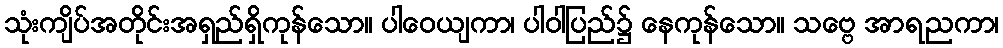
သုံးကျိပ်အတိုင်းအရှည်ရှိကုန်သော။ ပါဝေယျကာ၊ ပါဝါပြည်၌ နေကုန်သော။ သဗ္ဗေ အာရညကာ၊